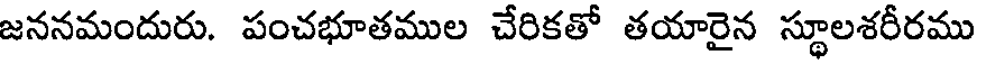
జననమందురు. పంచభూతముల చేరికతో తయారైన స్థూలశరీరము